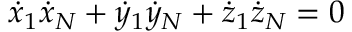
{ \dot { x } } _ { 1 } { \dot { x } } _ { N } + { \dot { y } } _ { 1 } { \dot { y } } _ { N } + { \dot { z } } _ { 1 } { \dot { z } } _ { N } = 0